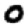
Digit: 0